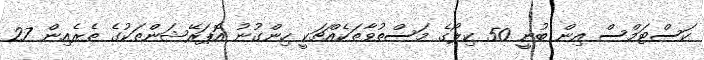
ކަސްޓަމްސް އިން ބުނީ 50 ކިލޯގެ މަސްތުވާތަކެއްޗަކީ ހިންގުނު އޮޕަރޭޝަންތަކުގެ ތެރެއިން 27